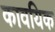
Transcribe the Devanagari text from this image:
कावयिक